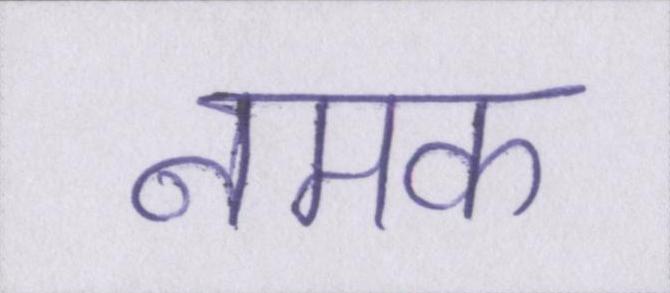
नमक